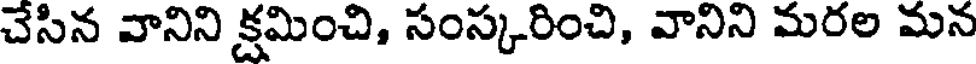
చేసిన వానిని క్షమించి, సంస్కరించి, వానిని మరల మన